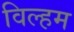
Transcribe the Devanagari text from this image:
विल्हम